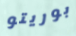
بوريتو